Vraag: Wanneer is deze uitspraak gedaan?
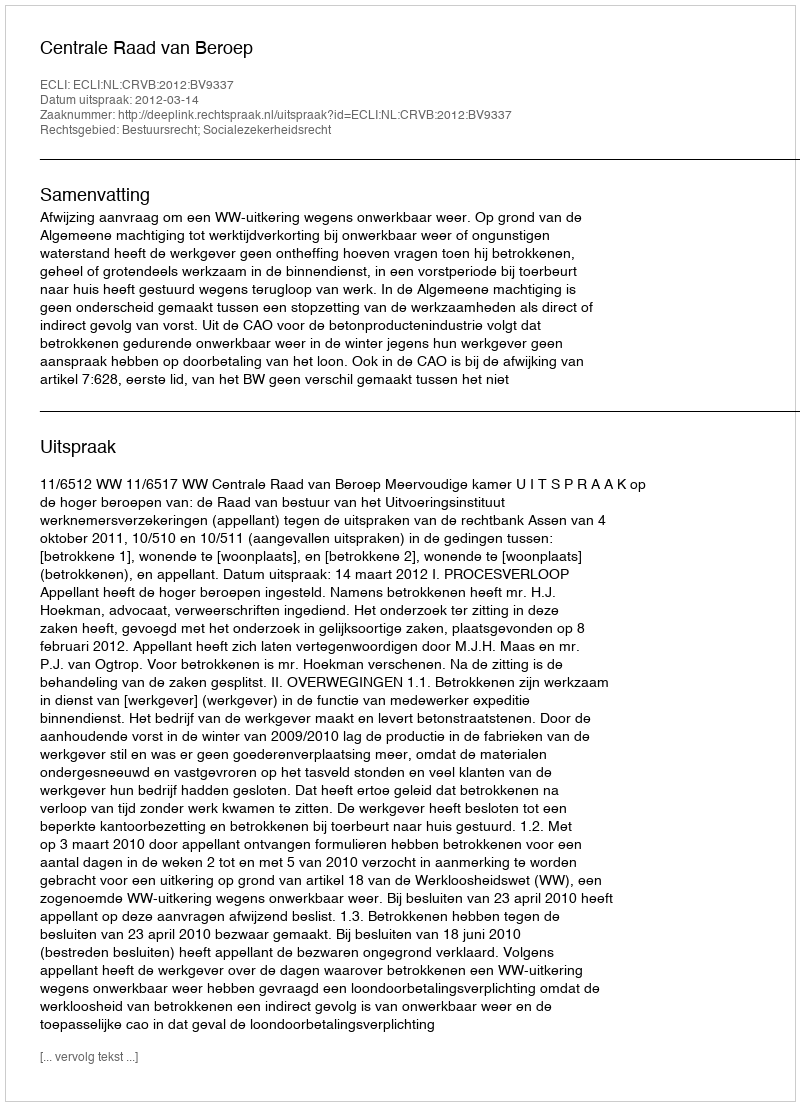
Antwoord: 2012-03-14